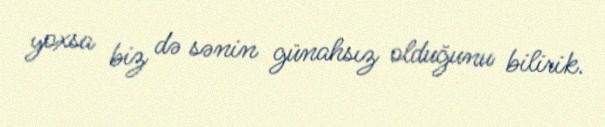
yoxsa biz də sənin günahsız olduğunu bilirik.